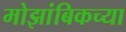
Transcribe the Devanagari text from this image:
मोझांबिकच्या